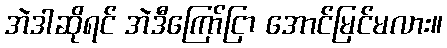
အဲဒါဆိုရင် အဲဒီကြော်ငြာ အောင်မြင်မလား။